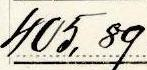
405,89